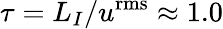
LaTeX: \tau={L_{I}}/{u^{\mathrm{rms}}}\approx 1.0